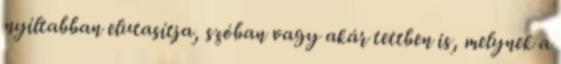
nyíltabban elutasítja, szóban vagy akár tettben is, melynek a